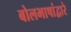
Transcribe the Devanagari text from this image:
बोलभाषांद्वारे